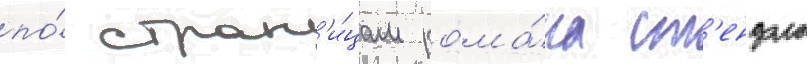
по́ стран'и́цам рома́на ст'ендаль